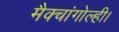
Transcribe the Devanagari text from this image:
मैक्चांगोल्ही।